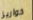
خواريز